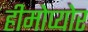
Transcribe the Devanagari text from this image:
हीमोप्योर